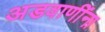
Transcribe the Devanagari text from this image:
अडवाणींना